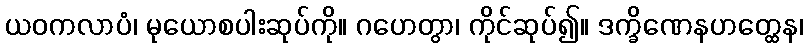
ယဝကလာပံ၊ မုယောစပါးဆုပ်ကို။ ဂဟေတွာ၊ ကိုင်ဆုပ်၍။ ဒက္ခိဏေနဟတ္ထေန၊